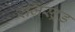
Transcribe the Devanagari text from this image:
रजिस्ट्रड